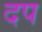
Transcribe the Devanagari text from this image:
दप